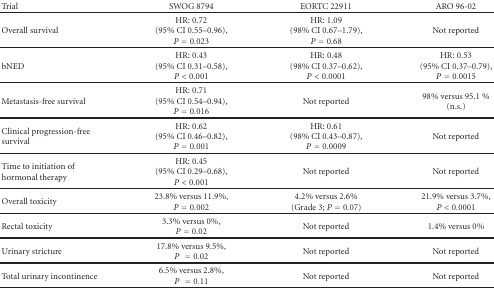
| Trial | SWOG 8794 | EORTC 22911 | ARO 96-02 |
 | --- | --- | --- | --- |
 | Overall survival | HR: 0.72 (95% CI 0.55–0.96), P = 0.023 | HR: 1.09 (98% CI 0.67–1.79), P = 0.68 | Not reported |
 | bNED | HR: 0.43 (95% CI 0.31–0.58), P < 0.001 | HR: 0.48 (98% CI 0.37–0.62), P < 0.0001 | HR: 0.53(95% CI 0.37–0.79), P = 0.0015 |
 | Metastasis-free survival | HR: 0.71 (95% CI 0.54–0.94), P = 0.016 | Not reported | 98% versus 95.1 % (n.s.) |
 | Clinical progression-free survival | HR: 0.62 (95% CI 0.46–0.82), P = 0.001 | HR: 0.61 (98% CI 0.43–0.87), P = 0.0009 | Not reported |
 | Time to initiation of hormonal therapy | HR: 0.45 (95% CI 0.29–0.68),P < 0.001 | Not reported | Not reported |
 | Overall toxicity | 23.8% versus 11.9%, P = 0.002 | 4.2% versus 2.6% (Grade 3; P = 0.07) | 21.9% versus 3.7%,P < 0.0001 |
 | Rectal toxicity | 3.3% versus 0%,P = 0.02 | Not reported | 1.4% versus 0% |
 | Urinary stricture | 17.8% versus 9.5%, P = 0.02 | Not reported | Not reported |
 | Total urinary incontinence | 6.5% versus 2.8%,P = 0.11 | Not reported | Not reported |